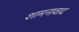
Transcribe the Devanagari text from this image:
शामनावाद